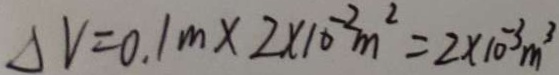
\Delta V = 0 . 1 m \times 2 \times 1 0 ^ { - 2 } m ^ { 2 } = 2 \times 1 0 ^ { - 3 } m ^ { 3 }